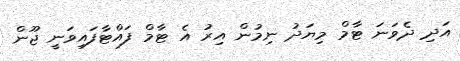
އަދި ދެވަނަ ޓާމް މިޔަދު ނިމުން އިރު އެ ޓާމް ފައްޓާފައިވަނީ ޖޫން